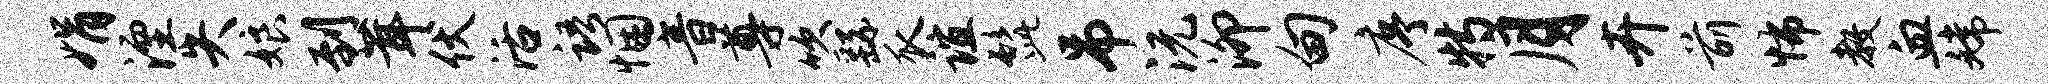
娟湮失娘到茸伏活语悃音尊吹繇瓜谊髭吊沅泖甸序特月卉前怖教血嫦